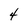
Character: 4